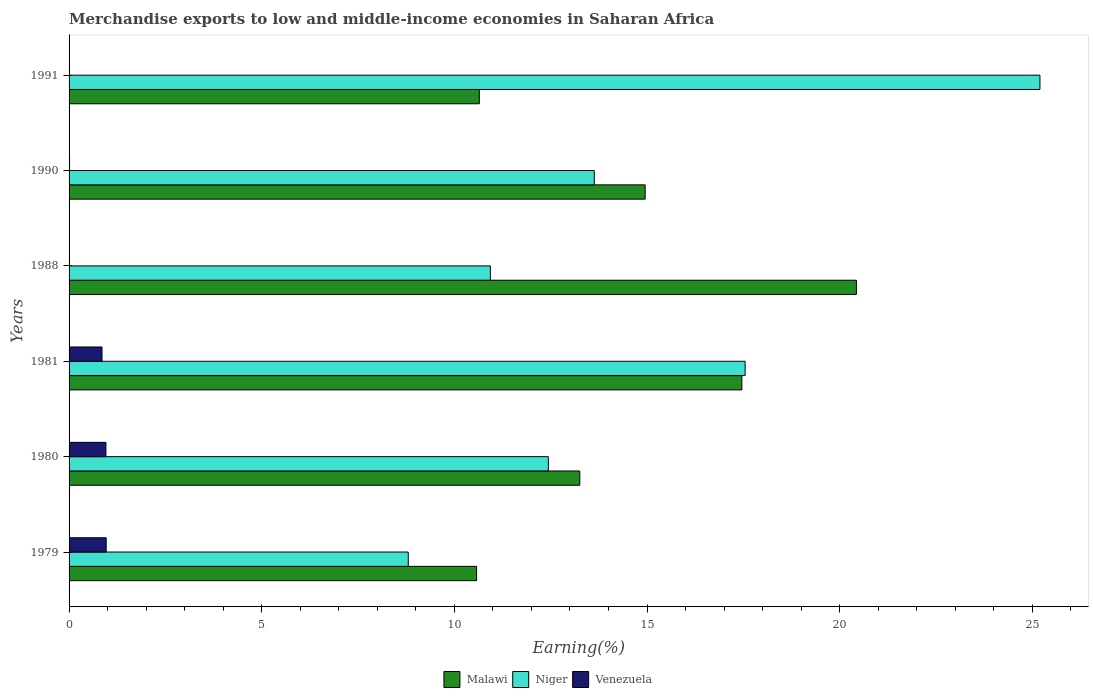
| Years | Malawi | Niger | Venezuela |
 | --- | --- | --- | --- |
 | 1979 | 10.6 | 8.8 | 0.963 |
 | 1980 | 13.3 | 12.4 | 0.956 |
 | 1981 | 17.5 | 17.5 | 0.855 |
 | 1988 | 20.4 | 10.9 | 0.000207 |
 | 1990 | 15 | 13.6 | 0.0127 |
 | 1991 | 10.6 | 25.2 | 0.000257 |